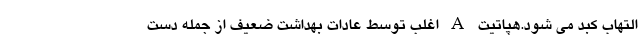
التهاب کبد می شود.هپاتیت A اغلب توسط عادات بهداشت ضعیف از جمله دست